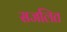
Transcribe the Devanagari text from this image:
सजलित